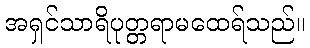
အရှင်သာရိပုတ္တရာမထေရ်သည်။